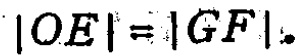
\(|OE| = |GF|.\)